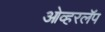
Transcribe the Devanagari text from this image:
ओव्हरलॅप